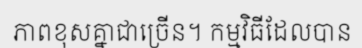
ភាពខុសគ្នាជាច្រើន។ កម្មវិធីដែលបាន